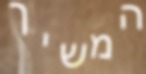
המשיך